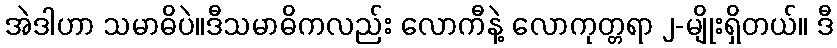
အဲဒါဟာ သမာဓိပဲ။ဒီသမာဓိကလည်း လောကီနဲ့ လောကုတ္တရာ ၂-မျိုးရှိတယ်။ ဒီ